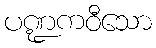
ပဏ္ဍကဝီသော